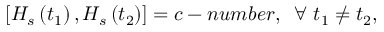
\left[ H _ { s } \left( t _ { 1 } \right) , H _ { s } \left( t _ { 2 } \right) \right] = c - n u m b e r , \, \, \, \forall \, \, t _ { 1 } \neq t _ { 2 } ,